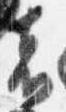
者